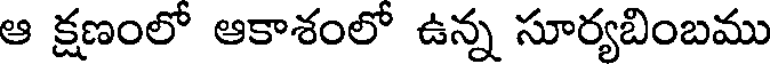
ఆ క్షణంలో ఆకాశంలో ఉన్న సూర్యబింబము